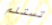
تستلم